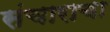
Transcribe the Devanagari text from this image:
संचाराचा